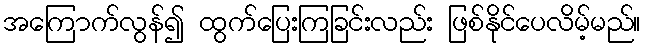
အကြောက်လွန်၍ ထွက်ပြေးကြခြင်းလည်း ဖြစ်နိုင်ပေလိမ့်မည်။